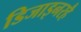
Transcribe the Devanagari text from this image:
डिजाइनरहै